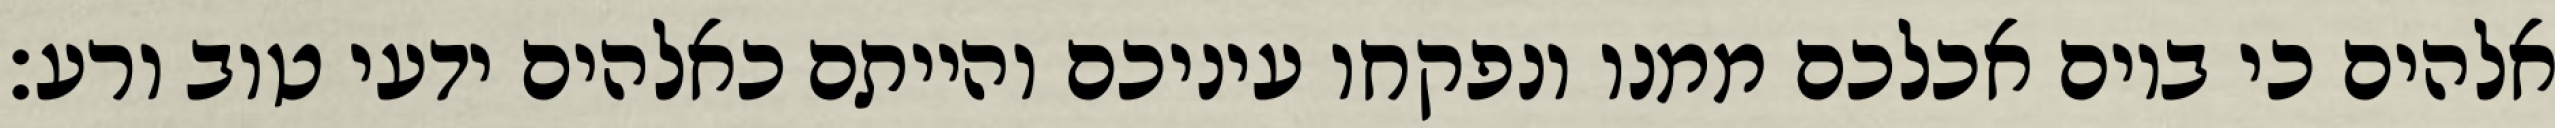
אלהים כי ביום אכלכם ממנו ונפקחו עיניכם והייתם כאלהים ידעי טוב ורע׃